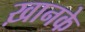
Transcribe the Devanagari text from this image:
ख़ानके